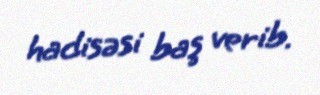
hadisəsi baş verib.